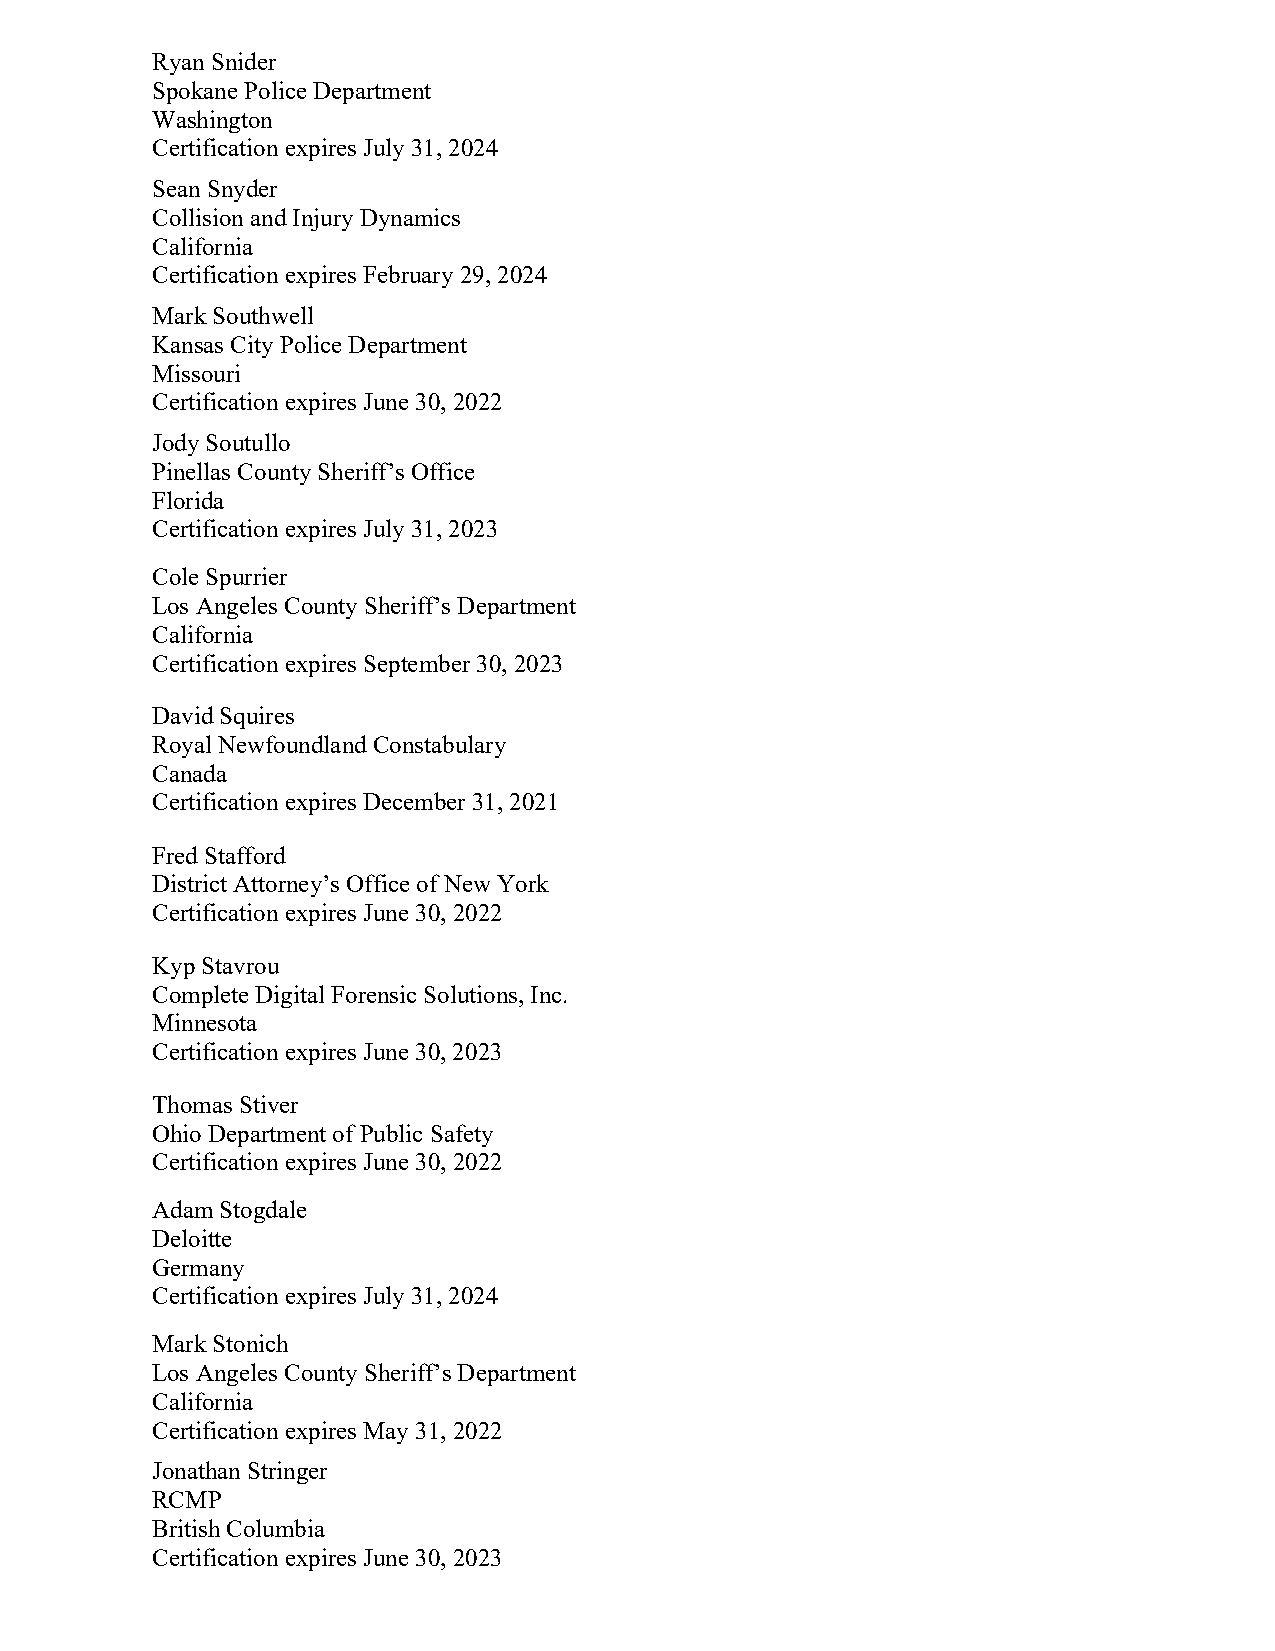
Ryan Snider
 Spokane Police Department
 Washington
 Certification expires July 31, 2024
 Sean Snyder
 Collision and Injury Dynamics
 California
 Certification expires February 29, 2024
 Mark Southwell
 Kansas City Police Department
 Missouri
 Certification expires June 30, 2022
 Jody Soutullo
 Pinellas County Sheriff’s Office
 Florida
 Certification expires July 31, 2023
 Cole Spurrier
 Los Angeles County Sheriff’s Department
 California
 Certification expires September 30, 2023
 David Squires
 Royal Newfoundland Constabulary
 Canada
 Certification expires December 31, 2021
 Fred Stafford
 District Attorney’s Office of New York
 Certification expires June 30, 2022
 Kyp Stavrou
 Complete Digital Forensic Solutions, Inc.
 Minnesota
 Certification expires June 30, 2023
 Thomas Stiver
 Ohio Department of Public Safety
 Certification expires June 30, 2022
 Adam Stogdale
 Deloitte
 Germany
 Certification expires July 31, 2024
 Mark Stonich
 Los Angeles County Sheriff’s Department
 California
 Certification expires May 31, 2022
 Jonathan Stringer
 RCMP
 British Columbia
 Certification expires June 30, 2023